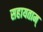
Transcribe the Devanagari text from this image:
सहायताम्